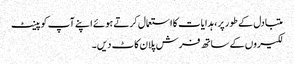
متبادل کے طور پر ، ہدایات کا استعمال کرتے ہوئے اپنے آپ کو پینٹ
لکیروں کے ساتھ فرش پلان کاٹ دیں۔